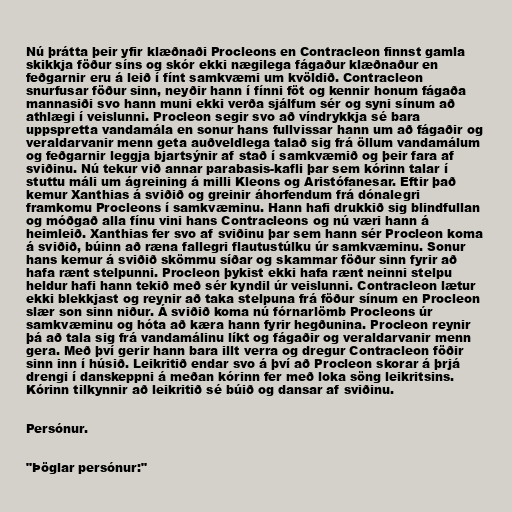
Nú þrátta þeir yfir klæðnaði Procleons en Contracleon finnst gamla
skikkja föður síns og skór ekki nægilega fágaður klæðnaður en
feðgarnir eru á leið í fínt samkvæmi um kvöldið. Contracleon
snurfusar föður sinn, neyðir hann í fínni föt og kennir honum fágaða
mannasiði svo hann muni ekki verða sjálfum sér og syni sínum að
athlægi í veislunni. Procleon segir svo að víndrykkja sé bara
uppspretta vandamála en sonur hans fullvissar hann um að fágaðir og
veraldarvanir menn geta auðveldlega talað sig frá öllum vandamálum
og feðgarnir leggja bjartsýnir af stað í samkvæmið og þeir fara af
sviðinu. Nú tekur við annar parabasis-kafli þar sem kórinn talar í
stuttu máli um ágreining á milli Kleons og Aristófanesar. Eftir það
kemur Xanthias á sviðið og greinir áhorfendum frá dónalegri
framkomu Procleons í samkvæminu. Hann hafi drukkið sig blindfullan
og móðgað alla fínu vini hans Contracleons og nú væri hann á
heimleið. Xanthias fer svo af sviðinu þar sem hann sér Procleon koma
á sviðið, búinn að ræna fallegri flautustúlku úr samkvæminu. Sonur
hans kemur á sviðið skömmu síðar og skammar föður sinn fyrir að
hafa rænt stelpunni. Procleon þykist ekki hafa rænt neinni stelpu
heldur hafi hann tekið með sér kyndil úr veislunni. Contracleon lætur
ekki blekkjast og reynir að taka stelpuna frá föður sínum en Procleon
slær son sinn niður. Á sviðið koma nú fórnarlömb Procleons úr
samkvæminu og hóta að kæra hann fyrir hegðunina. Procleon reynir
þá að tala sig frá vandamálinu líkt og fágaðir og veraldarvanir menn
gera. Með því gerir hann bara illt verra og dregur Contracleon föðir
sinn inn í húsið. Leikritið endar svo á því að Procleon skorar á þrjá
drengi í danskeppni á meðan kórinn fer með loka söng leikritsins.
Kórinn tilkynnir að leikritið sé búið og dansar af sviðinu.

Persónur.

"Þöglar persónur:"